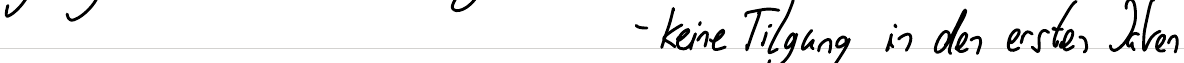
- keine Tilgung in den ersten Jahren